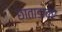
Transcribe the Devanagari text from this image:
छाताडावर